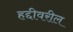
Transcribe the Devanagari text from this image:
हद्दीवरील